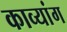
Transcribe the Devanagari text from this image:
काव्यांग